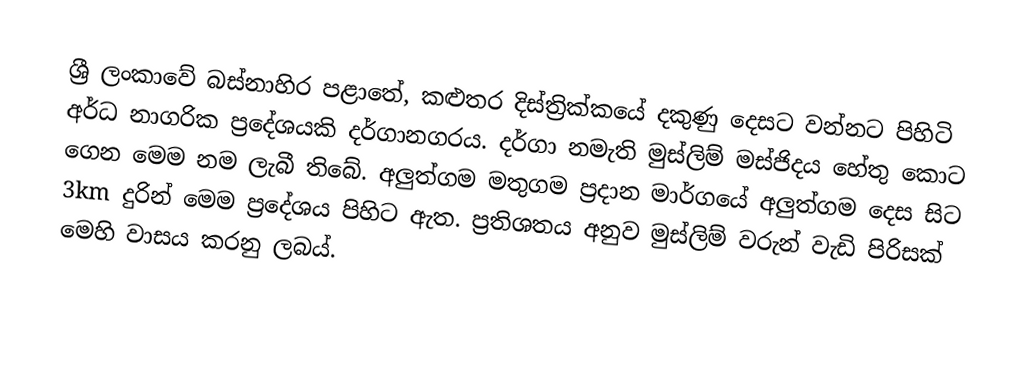
ශ්‍රී ලංකාවේ බස්නාහිර පළාතේ, කළුතර දිස්ත්‍රික්කයේ දකුණු දෙසට වන්නට පිහිටි අර්ධ නාගරික ප්‍රදේශයකි දර්ගානගරය. දර්ගා නමැති මුස්ලිම් මස්ජිදය හේතු කොට ගෙන මෙම නම  ලැබී තිබේ. අලුත්ගම මතුගම ප්‍රදාන මාර්ගයේ අලුත්ගම දෙස සිට 3km දුරින් මෙම ප්‍රදේශය පිහිට ඇත.  ප්‍රතිශතය අනුව මුස්ලිම් වරුන් වැඩි පිරිසක් මෙහි වාසය කරනු ලබය්.